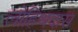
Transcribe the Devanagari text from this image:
लोहिथदास